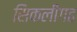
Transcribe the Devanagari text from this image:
सिकलीगढ